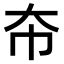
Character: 𫯜